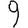
Digit: 9